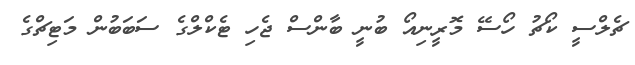
ޗެލްސީ ކޯޗު ހޯސޭ މޮރީނިއޯ ބުނީ ބާންސް ޖެހި ޓެކްލްގެ ސަބަބުން މަޓިޗްގެ